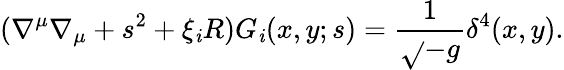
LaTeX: (\nabla^{\mu}\nabla_{\mu}+s^{2}+\xi_{\mathit{i}}R)G_{\mathit{i}}(x,y;s)=\frac{{1}}{{\sqrt{}{{-g}}}}\delta^{4}(x,y).